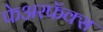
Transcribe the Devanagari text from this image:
फेअरफॅक्स